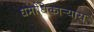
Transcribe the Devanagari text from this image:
धर्माधिकार्‍यास